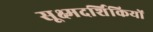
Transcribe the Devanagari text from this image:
सूक्ष्मदर्शिकियों